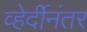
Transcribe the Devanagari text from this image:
व्हेर्दीनंतर